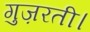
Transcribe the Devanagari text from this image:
गुज़रती।